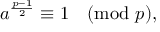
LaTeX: a ^ { \frac { p - 1 } { 2 } } \equiv 1 { \pmod { p } } ,